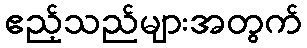
ဧည့်သည်များအတွက်